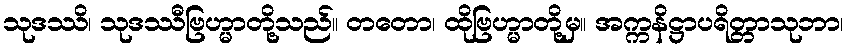
သုဒဿိ၊ သုဒဿီဗြဟ္မာတို့သည်။ တတော၊ ထိုဗြဟ္မာတို့မှ။ အက္ကနိဋ္ဌာပရိတ္တာသုဘာ၊